Malaria in the Duars
Disease focus: Malaria
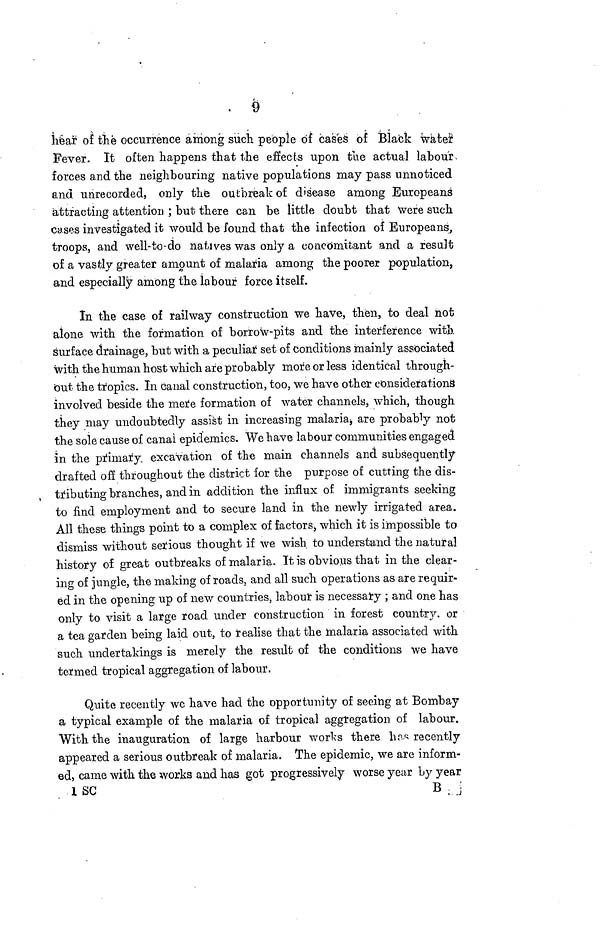
9
hear of the occurrence among such people of cases of Black water
Fever. It often happens that the effects upon the actual labour,
forces and the neighbouring native populations may pass unnoticed
and unrecorded, only the outbreak of disease among Europeans'
attracting attention ; but there can be little doubt that were such
cases investigated it would be found that the infection of Europeans,
troops, and well-to-do natives was only a concomitant and a result
of a vastly greater amount of malaria among the poorer population,
and especially among the labour force itself.
In the case of railway construction we have, then, to deal not
alone with the formation of borrow-pits and the interference with
surface drainage, but with a peculiar 1 set of conditions mainly associated
with the human host which are probably more or less identical through-
out the tropics. In canal construction, too, we have other considerations
involved beside the mere formation of water channels, which, though
they may undoubtedly assist in increasing malaria, are probably not
the sole cause of canal epidemics. We have labour communities engaged
in the primary excavation of the main channels and subsequently
drafted off throughout the district for the purpose of cutting the dis-
tributing branches, and in addition the influx of immigrants seeking
to find employment and to secure land in the newly irrigated area.
All these things point to a complex of factors, which it is impossible to
dismiss without serious thought if we wish to understand the natural
history of great outbreaks of malaria. It is obvious that in the clear-
ing of jungle, the making of roads, and all such operations as are requir-
ed in the opening up of new countries, labour is necessary ; and one has
only to visit a large road under construction in forest country, or
a tea garden being laid out, to realise that the malaria associated with
such undertakings is merely the result of the conditions we have
termed tropical aggregation of labour.
Quite recently we have had the opportunity of seeing at Bombay
a typical example of the malaria of tropical aggregation of labour.
With the inauguration of large harbour works there has recently
appeared a serious outbreak of malaria. The epidemic, we are inform-
ed, came with the works and has got progressively worse year by year
1 SC
B